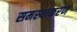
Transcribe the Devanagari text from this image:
समस्याकरण